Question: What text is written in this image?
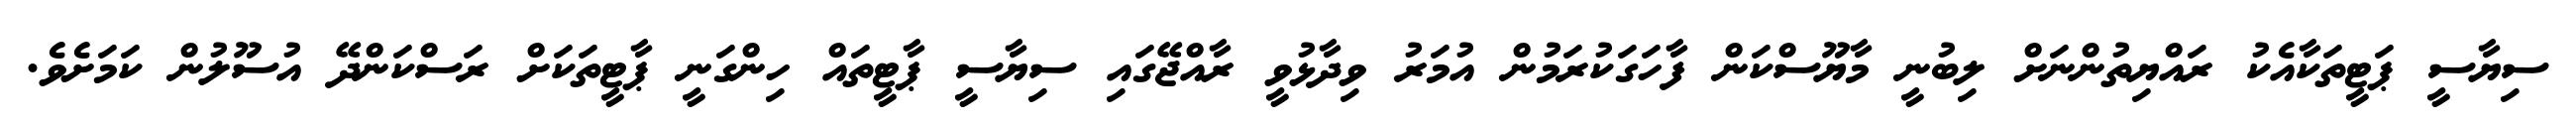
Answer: ސިޔާސީ ޕަޓީތަކާއެކު ރައްޔިތުންނަށް ލިބުނީ މާޔޫސްކަން ފާހަގަކުރަމުން އުމަރު ވިދާޅުވީ ރާއްޖޭގައި ސިޔާސީ ޕާޓީތައް ހިންގަނީ ޕާޓީތަކަށް ރަސްކަންދޭ އުސޫލުން ކަމަށެވެ.